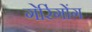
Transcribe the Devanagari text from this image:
गेरिंगोंग